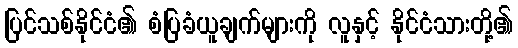
ပြင်သစ်နိုင်ငံ၏ စံပြခံယူချက်များကို လူနှင့် နိုင်ငံသားတို့၏